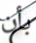
بأن